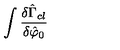
\int \frac { \delta \hat { \Gamma } _ { c l } } { \delta \hat { \varphi } _ { 0 } }